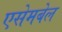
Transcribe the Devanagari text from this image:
एसेमबेल